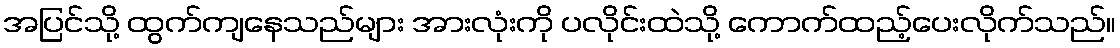
အပြင်သို့ ထွက်ကျနေသည်များ အားလုံးကို ပလိုင်းထဲသို့ ကောက်ထည့်ပေးလိုက်သည်။